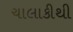
ચાલાકીથી